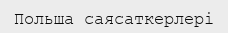
Польша саясаткерлері